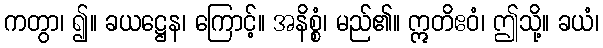
ကတွာ၊ ၍။ ခယဋ္ဌေန၊ ကြောင့်။ အနိစ္စံ၊ မည်၏။ ဣတိဧဝံ၊ ဤသို့။ ခယံ၊